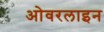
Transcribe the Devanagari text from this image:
ओवरलाइन